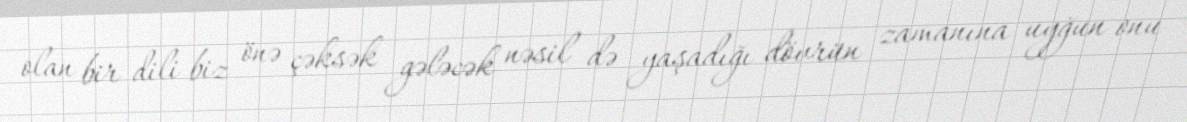
olan bir dili biz önə çəksək gələcək nəsil də yaşadığı dövrün zamanına uyğun onu